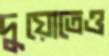
দুয়োতেও